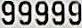
99999